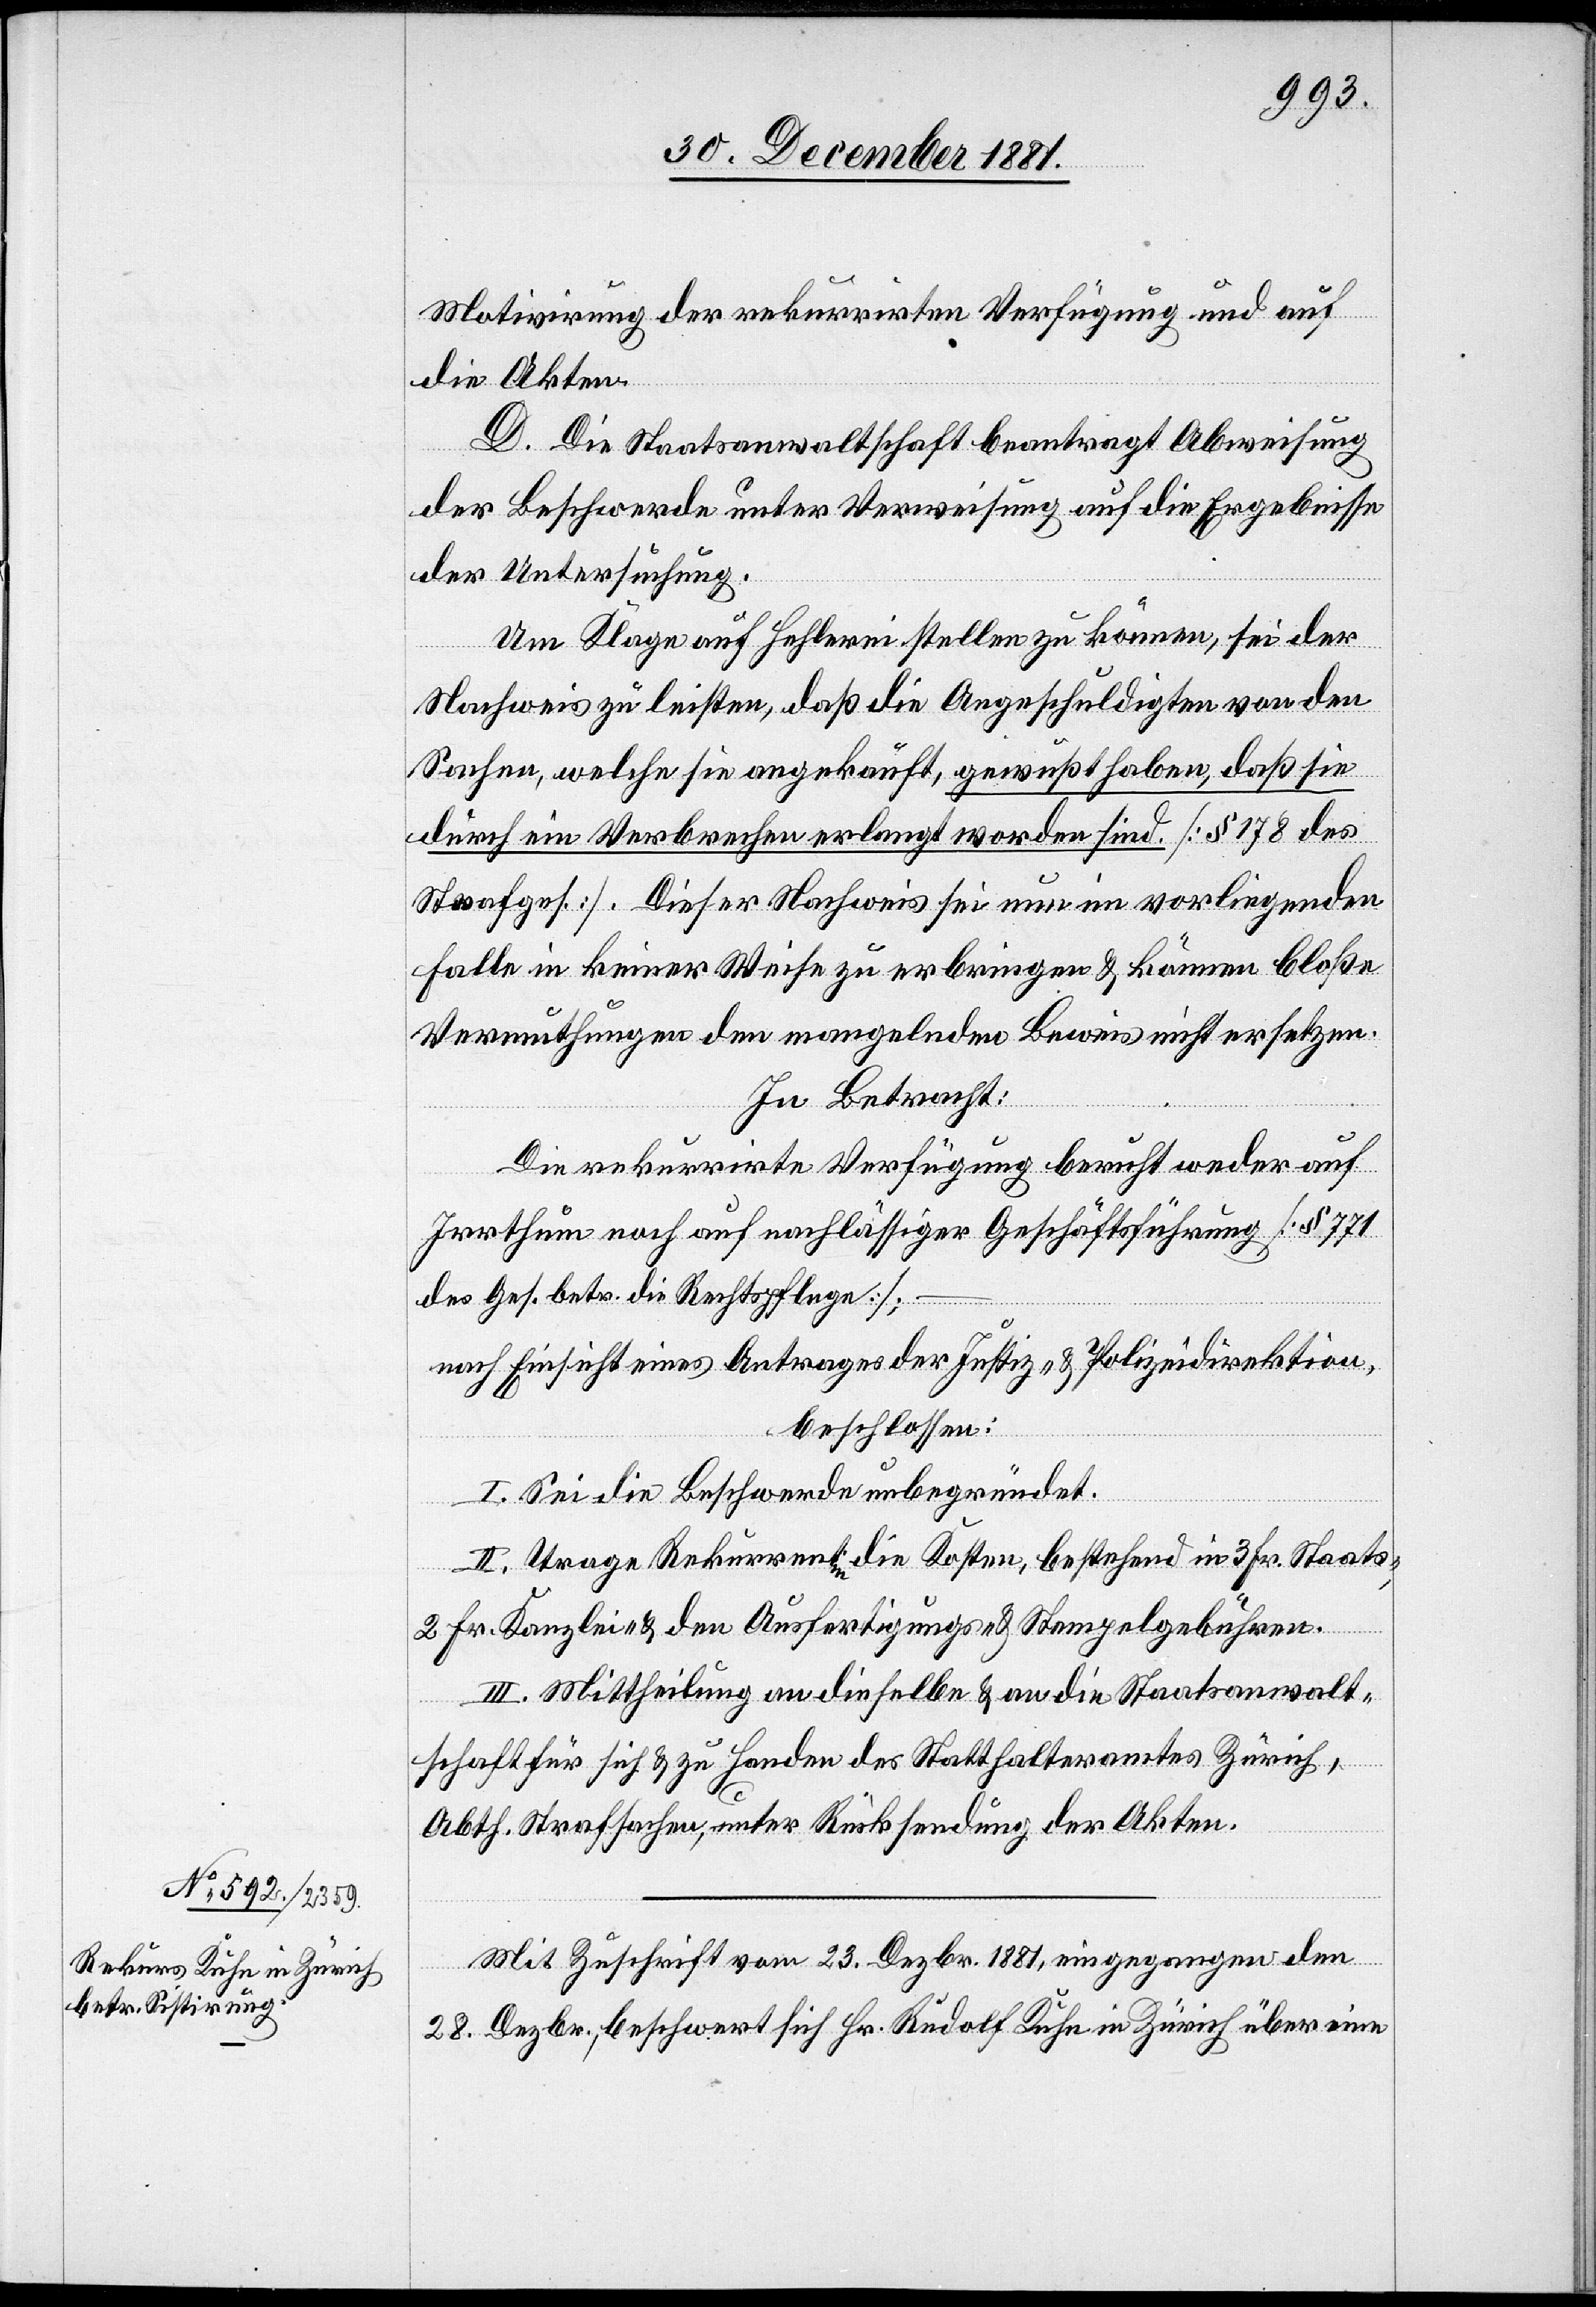
Motivirung der rekurrirten Verfügung und auf
die Akten.
D. Die Staatsanwaltschaft beantragt Abweisung
der Beschwerde unter Verweisung auf die Ergebnisse
der Untersuchung.
Um Klage auf Hehlerei stellen zu können, sei der
Nachweise zu leisten, daß die Angeschuldigten von den
Sachen, welche sie angekauft, gewußt haben, daß sie
durch ein Verbrechen erlangt worden sind. [§ 178 des
Strafges.]. Dieser Nachweis sei nun im vorliegenden
Falle in keiner Weise zu erbringen & können bloße
Vermuthungen den mangelnden Beweis nicht ersetzen.
In Betracht:
Die rekurrirte Verfügung beruht weder auf
Irrthum noch auf nachlässige Geschäftsführung [§ 771
des Ges. betr. Rechtspflege];
nach Einsicht eines Antrages der Justiz- & Polizeidirektion,
beschlossen:
I. Sei die Beschwerde unbegründet.
II. Trage Rekurrentin die Kosten, bestehend in 3 Fr. Staats-,
2 Fr. Kanzlei- & den Ausfertigungs- & Stempelgebühren.
III. Mittheilung an dieselbe & an die Staatsanwalt¬
schaft für sich & zu Handen des Statthalteramte Zürich,
Abth. Strafsachen, unter Rücksendung der Akten.
Mit Zuschrift vom 23. Dezbr. 1881, eingegangen den
28. Dezbr., beschwert sich Hr. Rudolf Kuhn in Zürich über eine